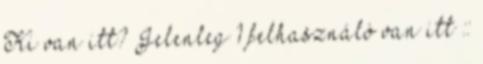
Ki van itt? Jelenleg 1 felhasználó van itt ::